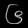
Digit: ၆